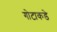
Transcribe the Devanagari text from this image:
गोटाकडे